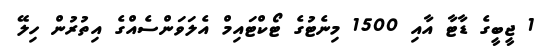
1 ޖީބީގެ ޑާޓާ އާއި 1500 މިނެޓުގެ ޓޯކްޓައިމް އެލަވަންސެއްގެ އިތުރުން ހިލޭ